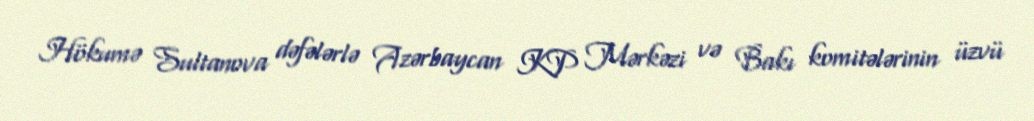
Hökumə Sultanova dəfələrlə Azərbaycan KP Mərkəzi və Bakı komitələrinin üzvü